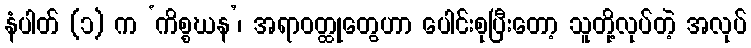
နံပါတ် (၁) က ‘ကိစ္စဃန’၊ အရာဝတ္ထုတွေဟာ ပေါင်းစုပြီးတော့ သူတို့လုပ်တဲ့ အလုပ်